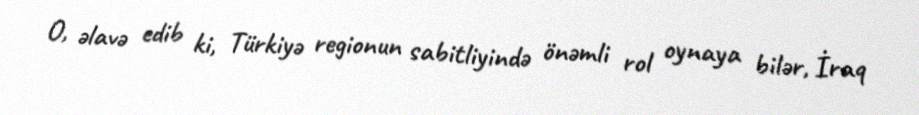
O, əlavə edib ki, Türkiyə regionun sabitliyində önəmli rol oynaya bilər, İraq